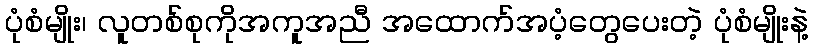
ပုံစံမျိုး၊ လူတစ်စုကိုအကူအညီ အထောက်အပံ့တွေပေးတဲ့ ပုံစံမျိုးနဲ့